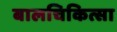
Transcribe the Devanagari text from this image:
बालचिकित्सा